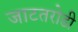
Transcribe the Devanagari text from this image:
जाटतरोडी